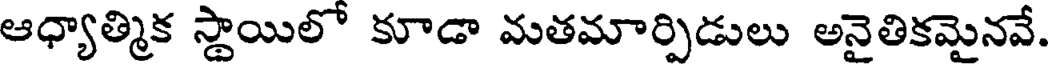
ఆధ్యాత్మిక స్థాయిలో కూడా మతమార్పిడులు అనైతికమైనవే.